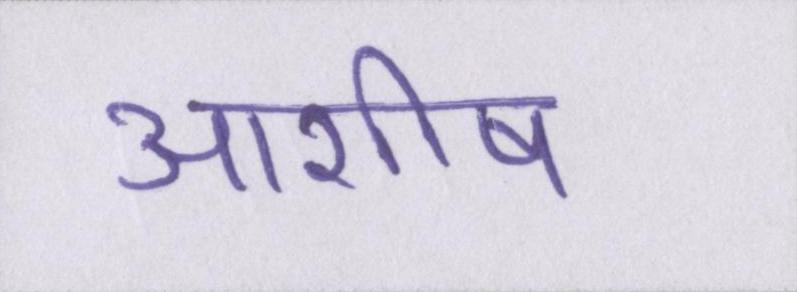
आशीष